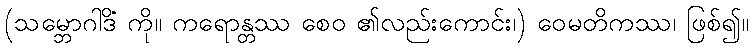
(သမ္ဘောဂါဒိံ ကို။ ကရောန္တဿ စေဝ ၏လည်းကောင်း၊) ဝေမတိကဿ၊ ဖြစ်၍။